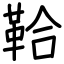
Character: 鞈